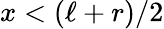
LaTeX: x<(\ell+r)/2